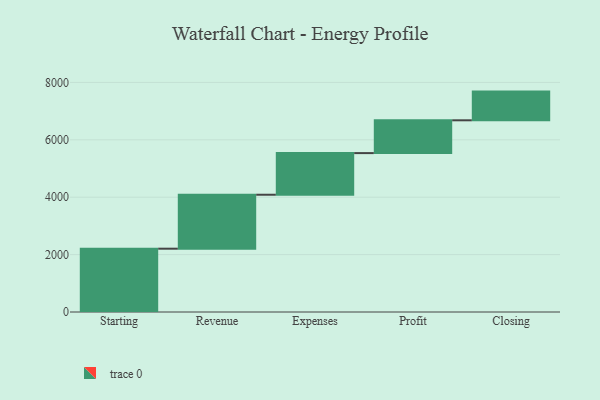
{"axis": {"x": "Step", "y": "Value"}, "legend": [""], "data": [{"x": "Starting", "y": 2206.0, "type": ""}, {"x": "Revenue", "y": 1880.0, "type": ""}, {"x": "Expenses", "y": 1451.0, "type": ""}, {"x": "Profit", "y": 1143.0, "type": ""}, {"x": "Closing", "y": 1000, "type": ""}]}